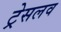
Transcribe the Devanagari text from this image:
ट्रेसलव